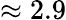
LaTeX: \approx 2.9